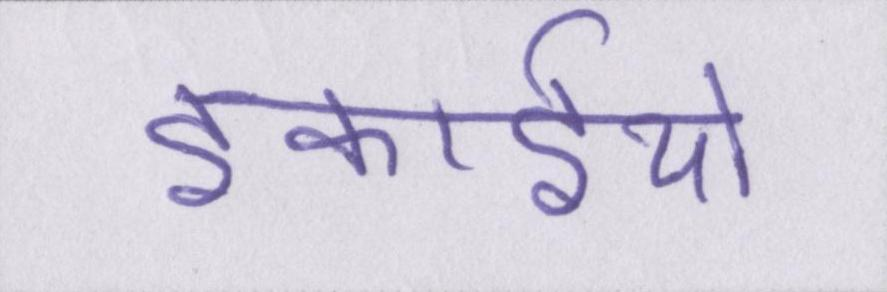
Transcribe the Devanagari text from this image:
इकाईयों